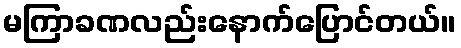
မကြာခဏလည်းနောက်ပြောင်တယ်။